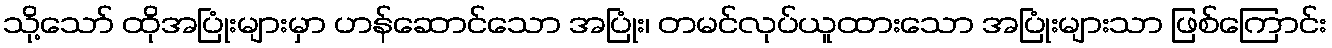
သို့သော် ထိုအပြုံးများမှာ ဟန်ဆောင်သော အပြုံး၊ တမင်လုပ်ယူထားသော အပြုံးများသာ ဖြစ်ကြောင်း